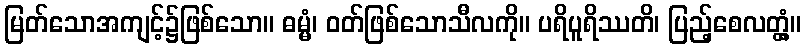
မြတ်သောအကျင့်၌ဖြစ်သော။ ဓမ္မံ၊ ဝတ်ဖြစ်သောသီလကို။ ပရိပူရိဿတိ၊ ပြည့်စေလတ္တံ့။